Vaccination North-Western Provinces and Oudh 1896-1901 - 1896-1901
Year: 1896
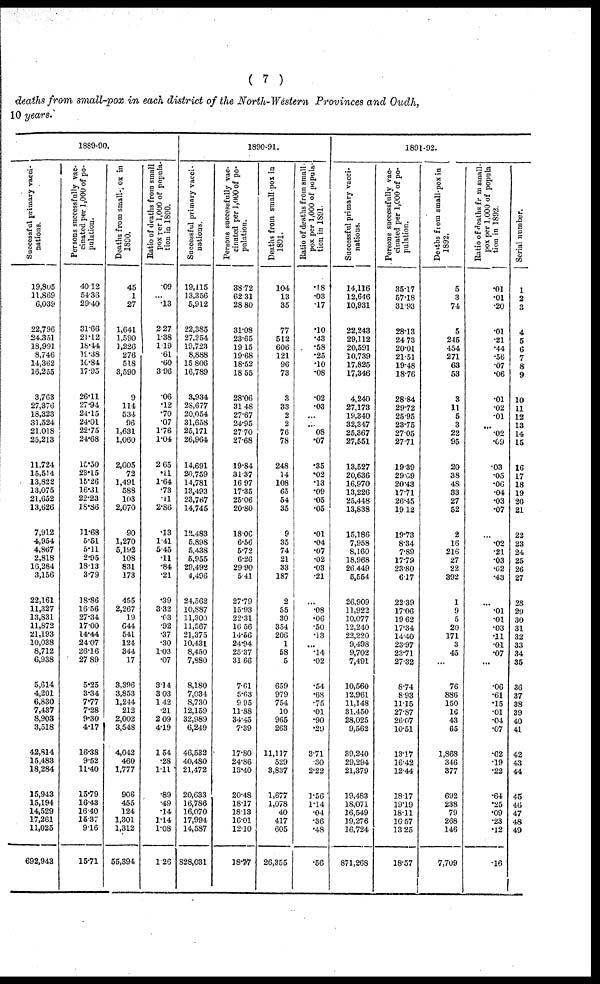
( 7 )
deaths from small-pox in each district of the North-Western Provinces and Oudh,
10 years.
1889-90.
Successful primary vacci-
nations.
19,805
11,869
6,039
22,796
24,351
18,991
8,746
14,362
16,255
3,763
27,376
18,323
31,524
21,018
25,213
11,724
15,514
13,822
13,075
21,652
13,626
7,912
4,954
4,867
2,818
16,284
3,156
22,161
11,327
13,831
11,872
21,193
10,038
8,712
6,938
5,614
4,201
6,830
7,437
8,903
3,518
42,814
15,483
18,284
15,943
15,194
14,529
17,261
11,025
692,943
Persons successfully vac-
cinated per 1,000 of po-
pulation.
40.12
54.36
29.40
31.66
21.12
18.14
19.38
10.84
17.95
26.11
27.94
24.15
24.01
22.75
24.68
15.50
23.15
15.26
16.31
22.23
18.86
11.68
5.51
5.11
2.95
18.13
3.79
18.86
16.56
27.34
17.00
14.44
24.07
26.16
27. 89
5.25
3.34
7.77
7.28
9.30
4.17
16.38
9.52
11.40
15.79
16.43
16.40
15.37
9.16
15.71
Deaths from small-pox in
1890.
45
1
27
1,641
1,590
1,226
276
518
3,590
9
114
534
96
1,631
1,060
2,005
72
1,491
588
103
2,070
90
1,270
5,192
108
831
173
455
2,267
19
644
541
124
344
17
3,396
3,853
1,244
212
2,002
3,548
4,042
460
1,777
906
455
124
1,301
1,312
55,394
Ratio of deaths from small¬
pox per 1,000 of popula-
tion in 1890.
.09
... .13
2.27
1.38
1.19
.61
.60
3.96
.06
.12
.70
.07
1.76
1.04
2.65
.11
1.64
.73
.11
2.86
.13
1.41
5.45
.11
.84
.21
.39
3.32
.03
.92
.37
.30
1.03
.07
3.14
3.03
1.42
.21
2.09
4.19
1.54
.28
1.11
.89
.49
.14
1.14
1.08
1.26
1890-91.
Successful primary vacci-
nations.
19,115
13,356
5,912
22,385
27,254
19,723
8,888
15,806
16,789
3,934
28,677
20,054
31,658
25,171
26,964
14,691
20,759
14,781
13,493
23,767
14,745
12,483
5,898
5,438
5,955
29,492
4,496
24,562
10,887
11,300
11,567
21,375
10,431
8,450
7,880
8,180
7,034
8,730
12,159
32,989
6,249
46,532
40,480
21,472
20,633
16,786
16,070
17,994
14,587
828,031
Persons successfully vac-
cinated per 1,000 of po-
pulation.
38.72
62.31
28. 80
31.08
23.65
19.15
19.68
18.52
18. 55
28.06
31.48
27.67
24.95
27.70
27.68
19.84
31.37
16.97
17.35
25.06
20.80
18.06
6.56
5.72
6.26
29.90
5.41
27.79
15.93
22.31
16.56
14.56
24.94
25.37
31.66
7.61
5.63
9.95
11.88
34.45
7.39
17.80
24.86
13.40
20.48
18.17
18.13
16.01
12.10
18.77
Deaths from small-pox in
1891.
104
13
35
77
512
606
121
96
73
3
33
2
2
76
78
248
14
108
65
54
35
9
35
74
21
33
187
2
55
30
354
206
1
58
5
659
979
754
10
965
263
11,117
529
3,837
1,677
1,078
40
417
605
26,355
Ratio of deaths from small-
pox per 1,000 of popula-
tion in 1891.
.18
.03
.17
.10
.43
.58
.25
.10
.08
.02
.03
...
...
08
.07
.35
.02
.13
.09
05
.05
.01
.04
.07
.02
.03
.21
.08
.06
.50
.13
...
.14
.02
.54
.68
.75
.01
.90
.29
3.71
.30
2.22
1.56
1.14
.04
.36
.48
.56
1891-92.
Successful primary vacci-
nations.
14,116
12,646
10,931
22,243
29,112
20,591
10,739
17,825
17,346
4,240
27,178
19,340
32,347
25,367
27,551
13,527
20,636
16,970
13,226
25,448
13,838
15,186
7,958
8,160
18,968
26,449
5,554
26,909
11,922
10,077
12,240
22,220
9,498
9,702
7,491
10,560
12,961
11,148
31,450
28,025
9,562
39,240
29,294
21,379
19,483
18,071
16,549
19,276
16,724
871,268
Persons successfully vac-
cinated per 1,000 of po-
pulation.
35.17
57.18
31.93
28.13
24.73
20.01
21.51
19.48
18.76
28.84
29.72
25.95
23.75
27.05
27.71
19.39
29.09
20.43
17.71
26.45
19.12
19.73
8.34
7.89
17.79
23.80
6.17
22.39
17.06
19.62
17.34
14.40
23.97
23.71
27.32
8.74
8.93
11.15
27.87
26.07
10.51
13.17
16.42
12.44
18.17
19.19
18.11
16.57
13.25
18.57
Deaths from small-pox in
1892.
5
3
74
5
245
454
271
63
53
3
11
5
3
22
95
20
38
48
33
27
52
2
16
216
27
22
392
1
9
5
20
171
3
45
...
76
886
150
16
43
65
1,868
346
377
692
238
79
268
146
7,709
Ratio of deaths from small-
pox per 1,000 of popula¬
tion in 1892.
.01
.01
.20
.01
.21
.44
.56
.07
.06
.01
.02
.01
...
.02
.09
.03
.05
.06
.04
.03
.07
...
.02
.21
.03
.02
.43
...
.01
.01
.03
.11
.01
.07
...
.06
.61
.15
.01
.04
.07
.62
.19
.22
.64
.25
.09
.23
.12
.16
Serial number.
1
2
3
4
5
6
7
8
9
10
11
12
13
14
15
16
17
18
19
20
21
22
23
24
25
26
27
28
29
30
31
32
33
34
35
36
37
38
39
40
41
42
43
44
45
46
47
48
49